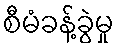
စီမံခန့်ခွဲမှု